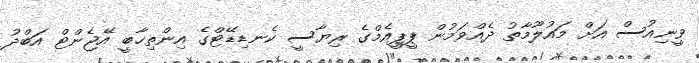
ވީނިއުސް އަށް މައުލޫމާތު ދެއްވަމުން ޕީޕީއެމްގެ ރިޔާސީ ކެނޑިޑޭޓްގެ އިންތިޚާބީ އޭޖެންޓް އަބްދު